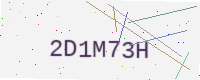
Text: 2D1M73H